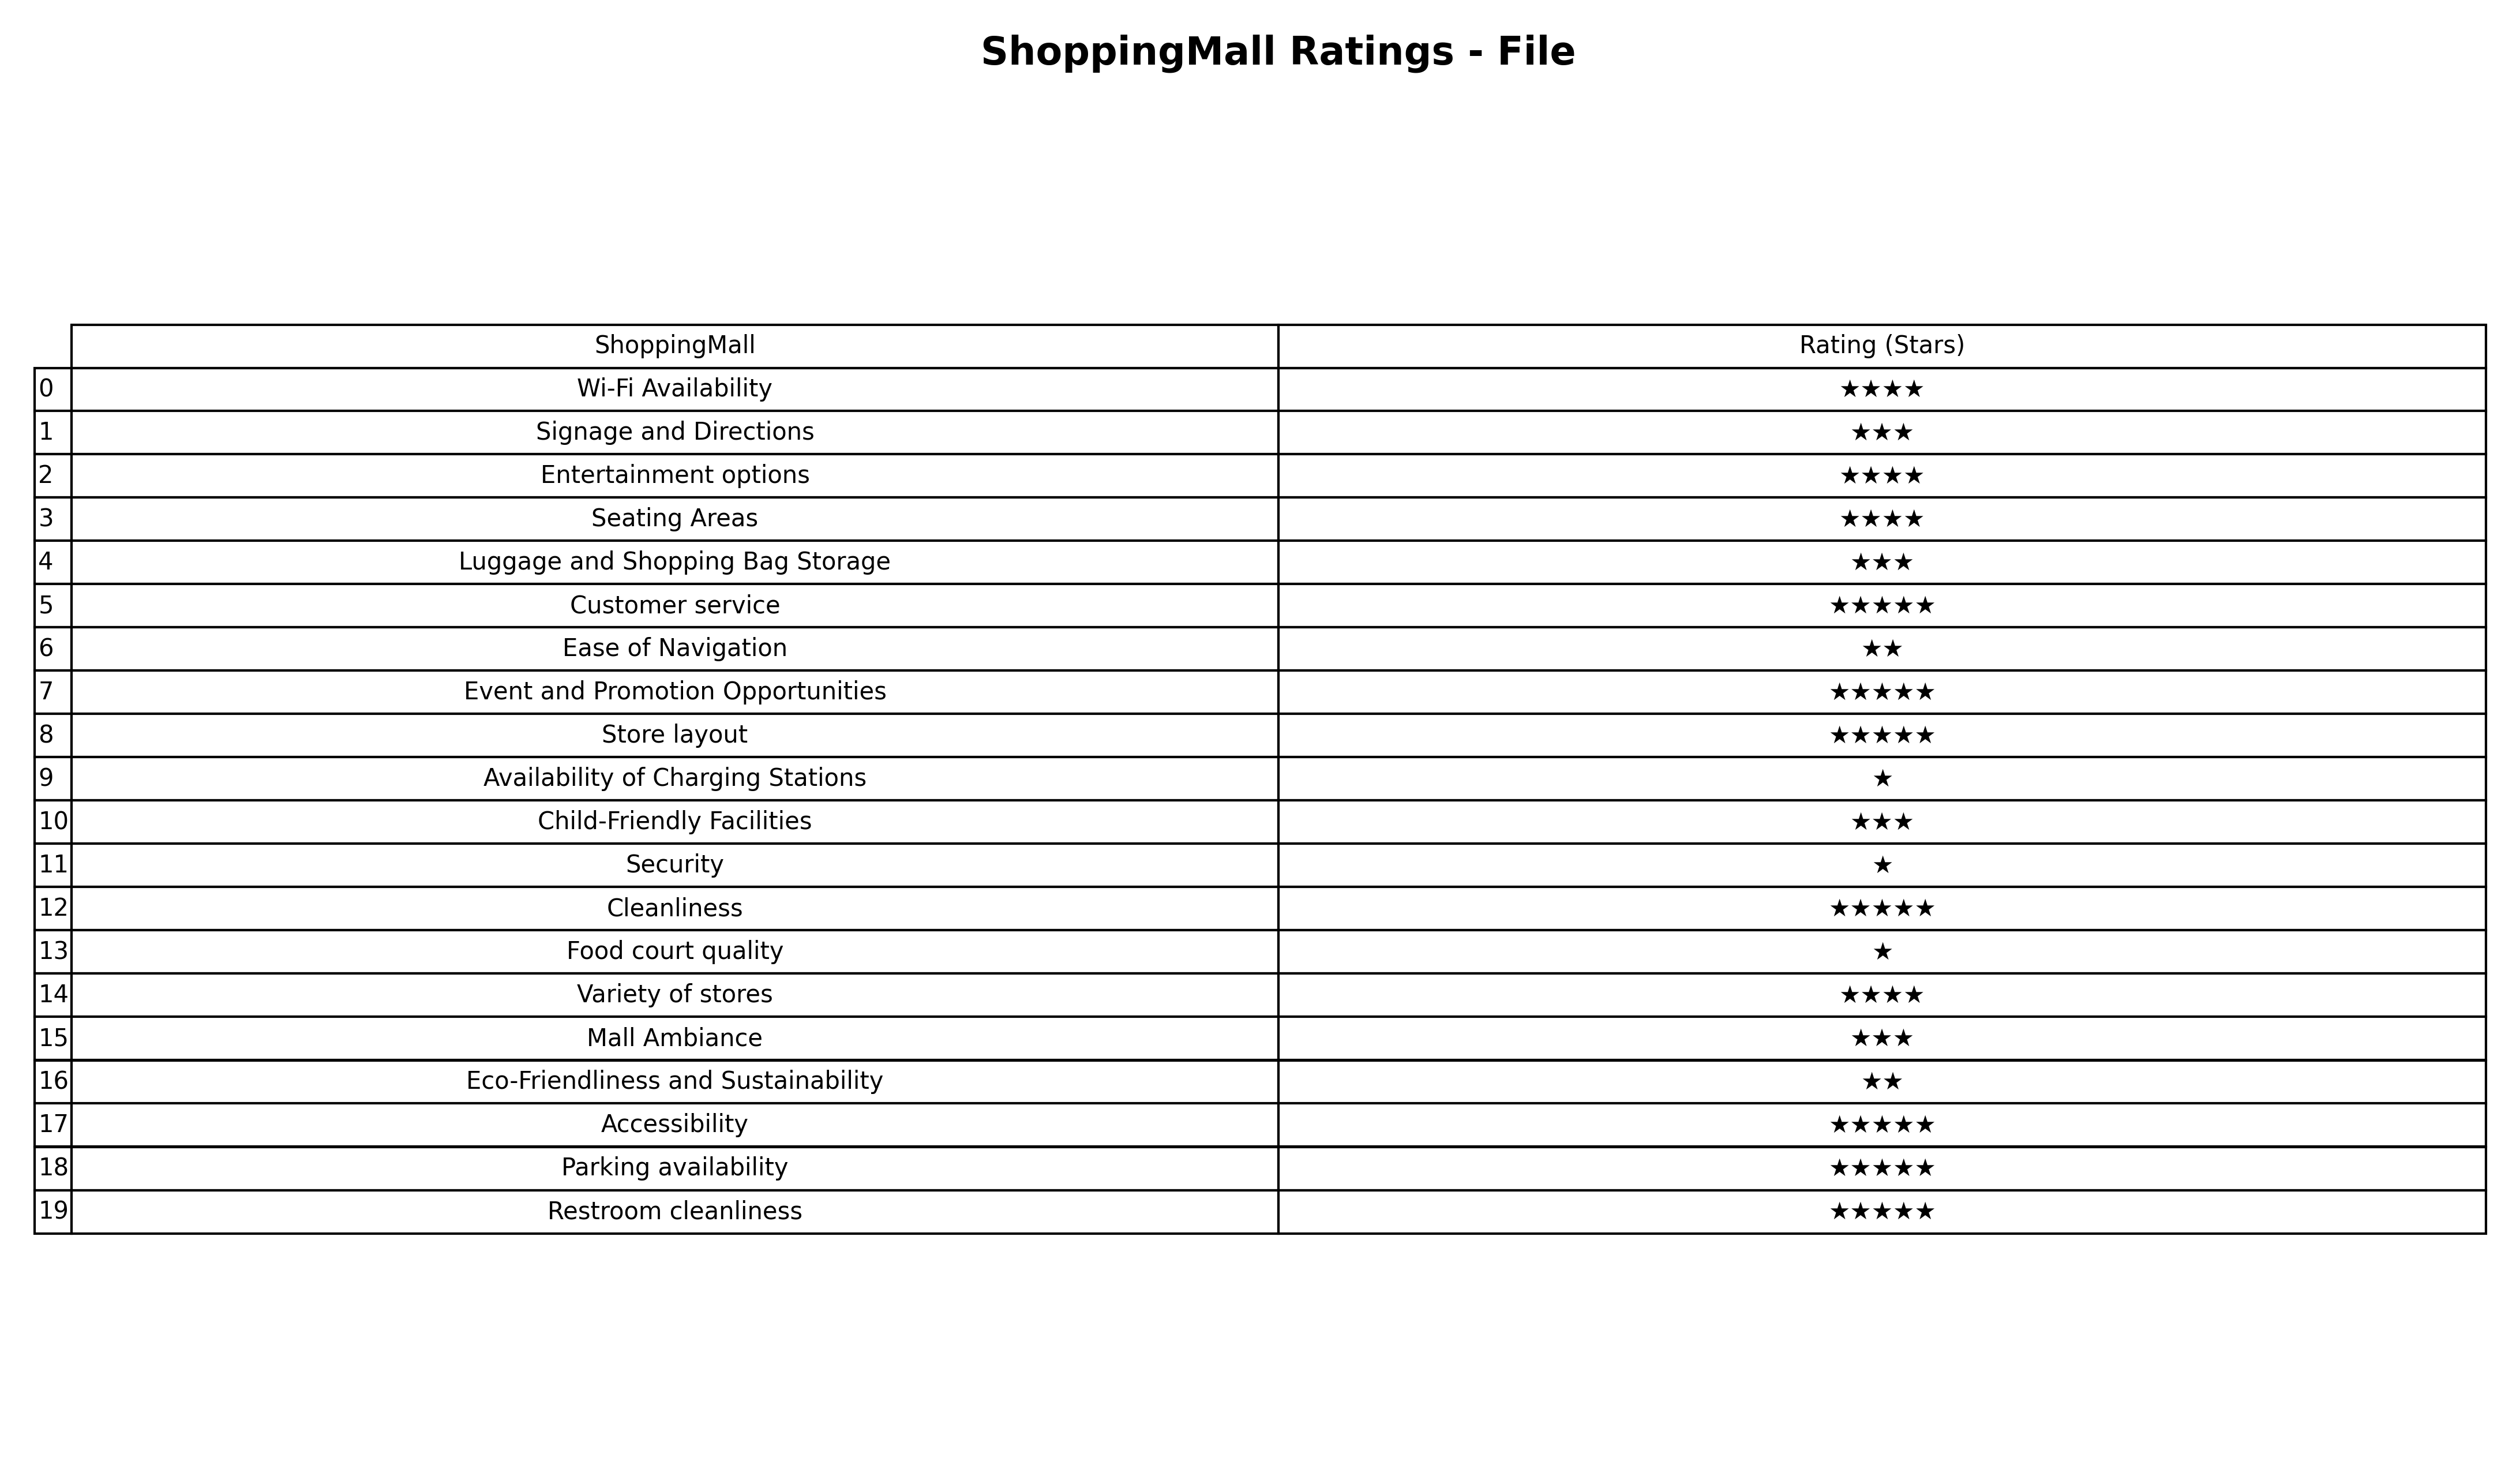
question: What is the rating of Customer service?
answer: ★★★★★